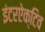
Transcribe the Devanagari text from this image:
इंटरऐक्टिव